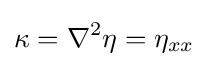
\kappa =\nabla ^{2}\eta =\eta _{xx}